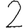
Digit: 2